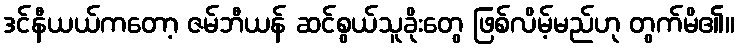
ဒင်နီယယ်ကတော့ ဇမ်ဘီယန် ဆင်စွယ်သူခိုးတွေ ဖြစ်လိမ့်မည်ဟု တွက်မိ၏။